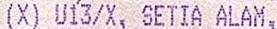
(X) U13/X, SETIA ALAM,